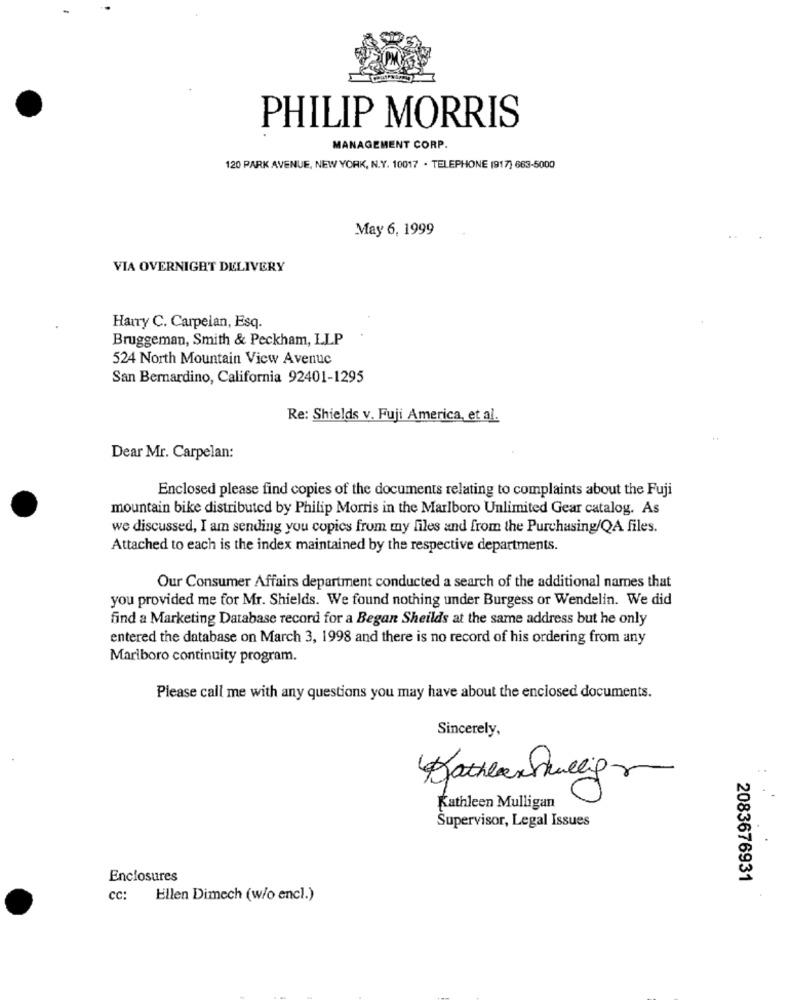
PHILIP MORRIS
MANAGEMENT CORP.
120 PARK AVENUE, NEW YORK, N.Y. 10017 . TELEPHONE (917) 663-5000
May 6, 1999
VIA OVERNIGHT DELIVERY
Harry C. Carpelan, Esq.
Bruggeman, Smith & Peckham, LLP
524 North Mountain View Avenue
San Bernardino, California 92401-1295
Re: Shields v. Fuji America, et al.
Dear Mr. Carpelan:
Enclosed please find copies of the documents relating to complaints about the Fuji
mountain bike distributed by Philip Morris in the Marlboro Unlimited Gear catalog. As
we discussed, I am sending you copics from my files and from the Purchasing/QA files.
Attached to each is the index maintained by the respective departments.
Our Consumer Affairs department conducted a search of the additional names that
you provided me for Mr. Shields. We found nothing under Burgess or Wendelin. We did
find a Marketing Database record for a Began Sheilds at the same address but he only
entered the database on March 3, 1998 and there is no record of his ordering from any
Marlboro continuity program.
Please call me with any questions you may have about the enclosed documents.
Sincerely,
KatherxSwelig-
Kathleen Mulligan
Supervisor, Legal Issues
Enclosures
2083676931
CC:
Ellen Dimech (w/o encl.)